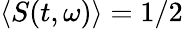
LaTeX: \langle S(t,\omega)\rangle=1/2